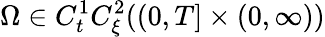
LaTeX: \Omega\in C_{t}^{1}C_{\xi}^{2}((0,T]\times(0,\infty))